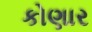
કોણાર